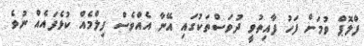
ފްލޮޕް ވުމަށް ފަހު ފާއިތުވީ ދުވަސްތަކުގައި އޭނާ އެއްވެސް ފިލްމެއް ކުޅެފައެއް ނުވެ